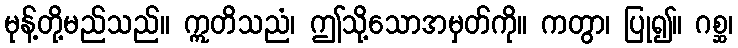
မုန့်တို့မည်သည်။ ဣတိသညံ၊ ဤသို့သောအမှတ်ကို။ ကတွာ၊ ပြု၍။ ဂစ္ဆ၊